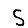
Digit: 5